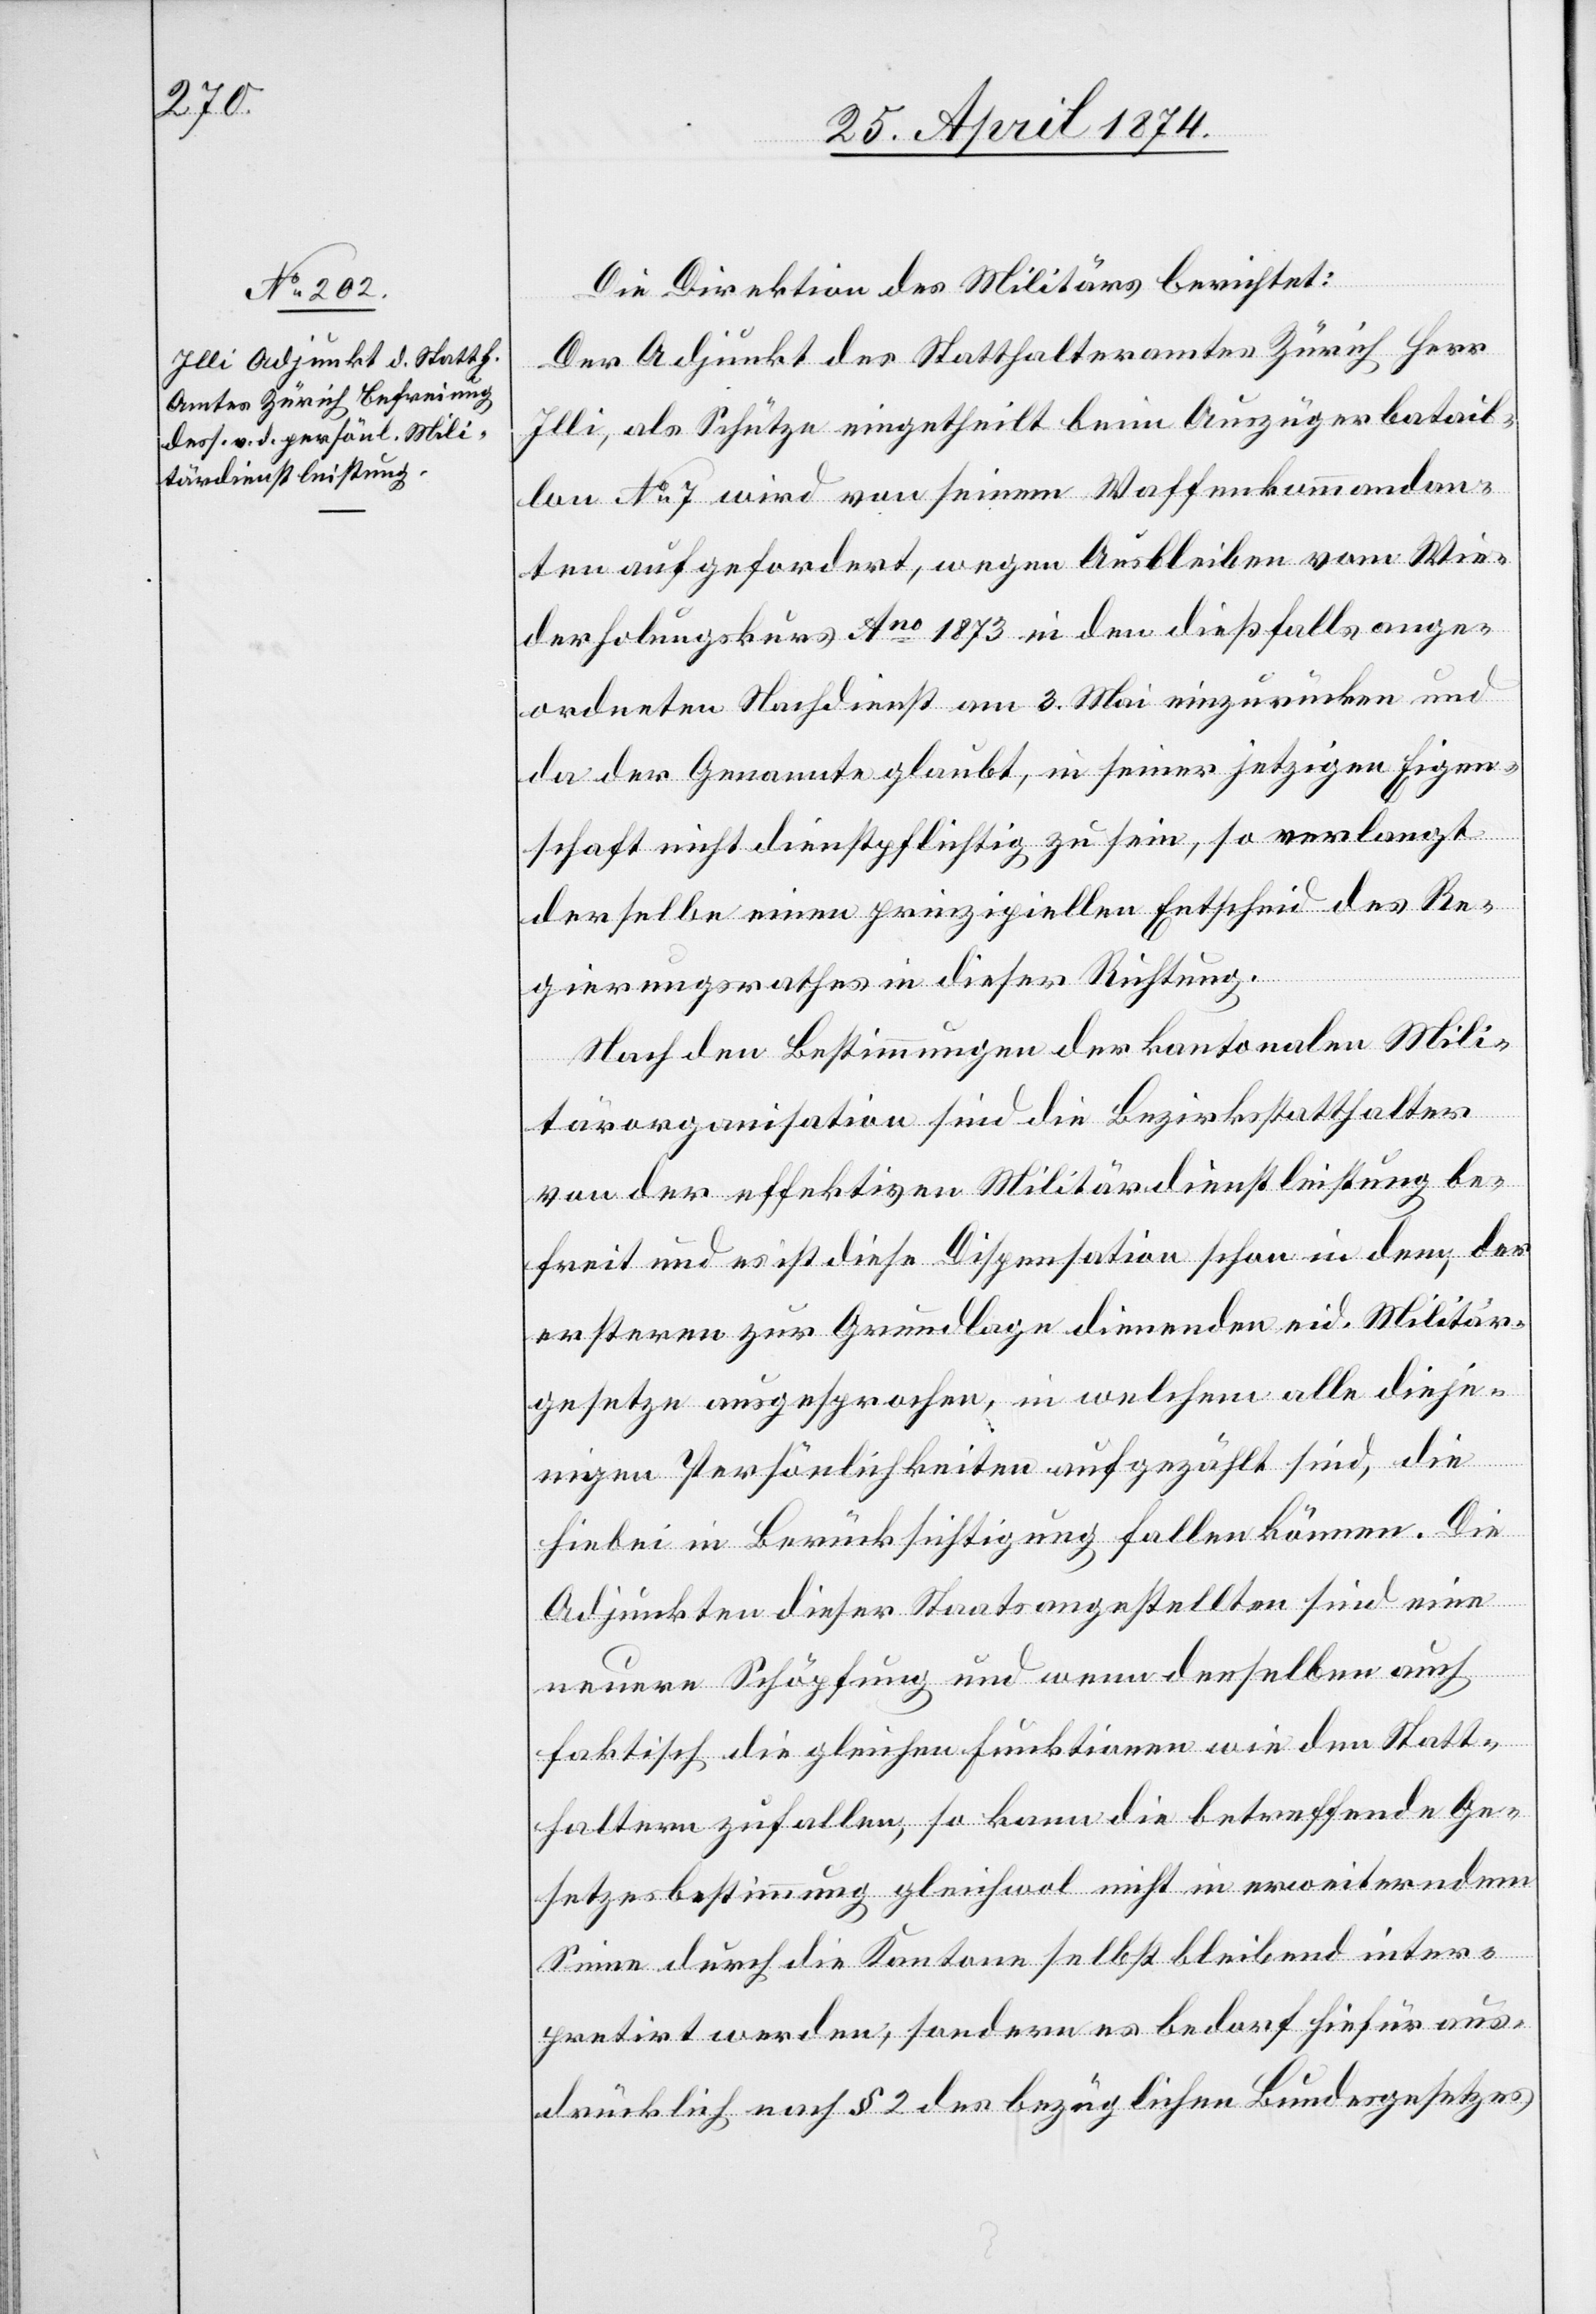
Die Direktion des Militärs berichtet:
Der Adjunkt des Statthalteramtes Zürich Herr
Illi, als Schütze eingetheilt beim Auszügerbatail¬
lon No 7 wird von seinem Waffenkommandan¬
ten aufgefordert, wegen Ausbleiben vom Wie¬
derholungskurs Ano 1873 in den dießfalls ange¬
ordneten Nachdienst am 3. Mai einzurücken und
da der Genannte glaubt, in seiner jetzigen Eigen¬
schaft nicht dienstpflichtig zu sein, so verlangt
derselbe einen prinzipiellen Entscheid des Re¬
gierungsrathes in dieser Richtung.
Nach den Bestimmungen der kantonalen Mili¬
tärorganisation sind die Bezirksstatthalter
von der effektiven Militärdienstleistung be¬
freit und es ist diese Dispensation schon in dem, der
ersteren zur Grundlage dienenden eid. Militär¬
gesetze ausgesprochen, in welchem alle dieje¬
nigen Persönlichkeiten aufgezählt sind, die
hiebei in Berücksichtigung fallen können. Die
Adjunkten dieser Staatsangestellten sind eine
neuere Schöpfung und wenn denselben auch
faktisch die gleichen Funktionen wie den Statt¬
haltern zufallen, so kann die betreffende Ge¬
setzesbestimmung gleichwol nicht in erweiterndem
Sinne durch die Kantone selbst bleibend inter¬
pretirt werden, sondern es bedarf hiefür aus¬
drücklich nach § 2 des bezüglichen Bundesgesetzes